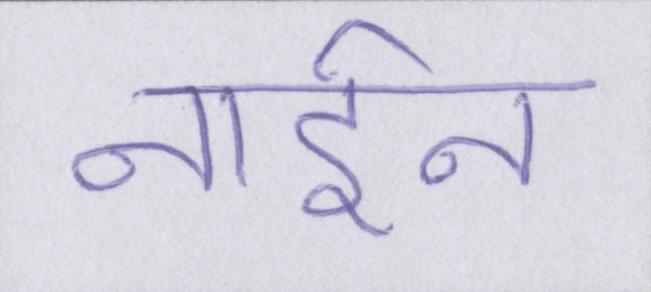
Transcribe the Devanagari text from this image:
नाईन